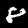
Digit: 8